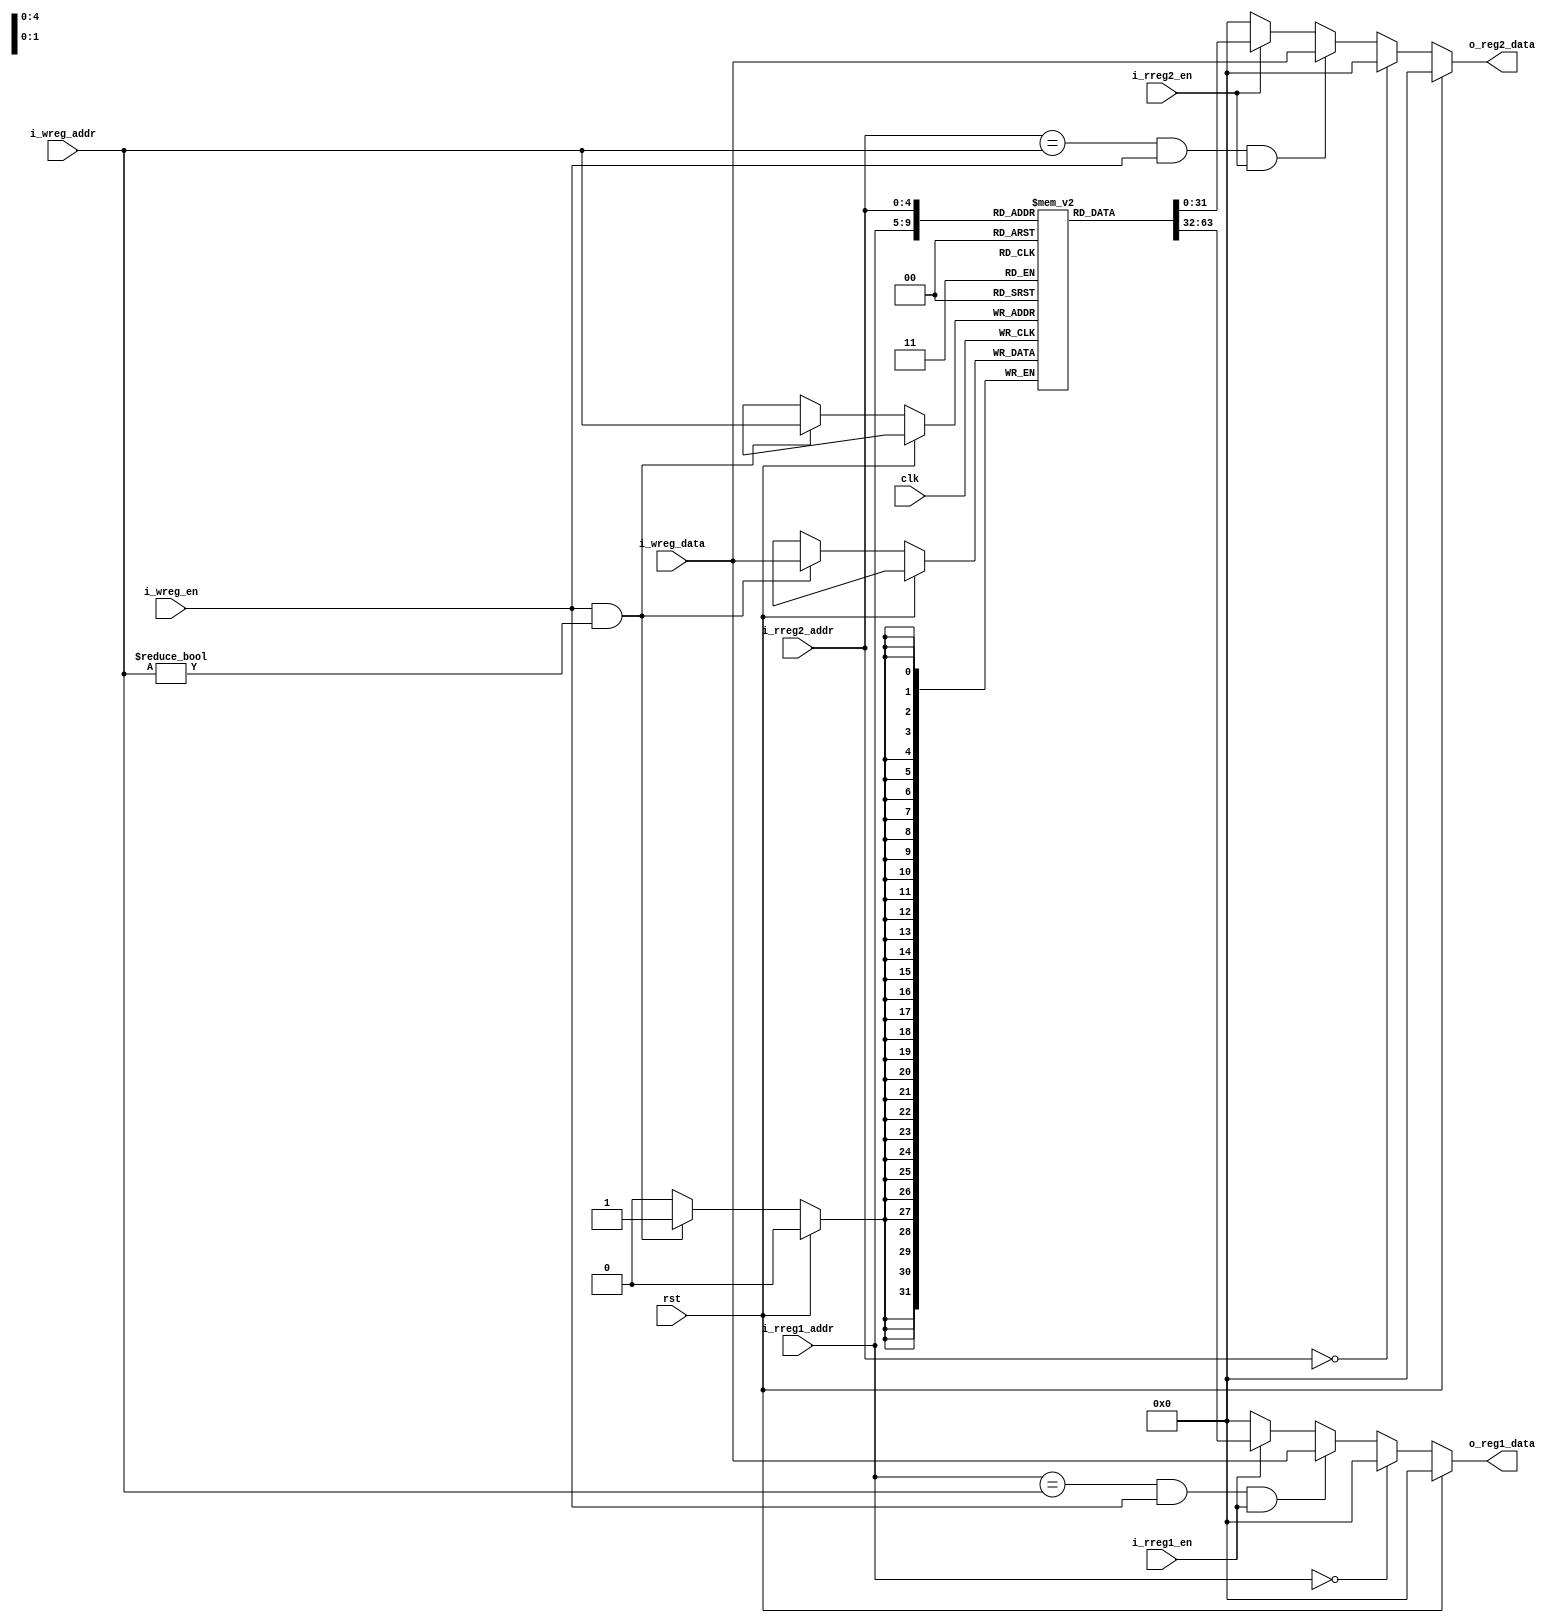
`timescale 1ns / 1ps
//////////////////////////////////////////////////////////////////////////////////
// Company: 
// Engineer: 
// 
// Design Name: 
// Module Name: regfile
// Project Name: 
// Target Devices: 
// Tool Versions: 
// Description: 
// 
// Dependencies: 
// 
// Revision:
// Revision 0.01 - File Created
// Additional Comments:
// 
//////////////////////////////////////////////////////////////////////////////////


module regfile(
    input wire rst,
    input wire clk,
    input wire i_rreg1_en,
    input wire[4:0] i_rreg1_addr,
    input wire i_rreg2_en,
    input wire[4:0] i_rreg2_addr,
    
    input wire i_wreg_en,
    input wire[4:0] i_wreg_addr,
    input wire[31:0] i_wreg_data,
    
    output reg[31:0] o_reg1_data,
    output reg[31:0] o_reg2_data
    );

reg[31:0] regs[31:0];

always @(posedge clk)
begin
    if(rst == 1'b0)
        begin
            if((i_wreg_en == 1'b1) && (i_wreg_addr != 5'b0))
                begin
                    regs[i_wreg_addr] <= i_wreg_data;
                end
        end
end

always @(*)
begin
    if (rst == 1'b1)
        begin
            o_reg1_data <= 32'h0;
        end
    else if (i_rreg1_addr == 5'b0)
        begin
            o_reg1_data <= 32'h0;
        end
    else if ((i_rreg1_addr == i_wreg_addr) && (i_wreg_en == 1'b1) && (i_rreg1_en == 1'b1))
        begin
            o_reg1_data <= i_wreg_data;
        end
    else if (i_rreg1_en == 1'b1)
        begin
            o_reg1_data <= regs[i_rreg1_addr];
        end
    else
        begin
            o_reg1_data <= 32'h0;
        end
end

always @(*)
begin
    if (rst == 1'b1)
        begin
            o_reg2_data <= 32'h0;
        end
    else if (i_rreg2_addr == 5'b0)
        begin
            o_reg2_data <= 32'h0;
        end
    else if ((i_rreg2_addr == i_wreg_addr) && (i_wreg_en == 1'b1) && (i_rreg2_en == 1'b1))
        begin
            o_reg2_data <= i_wreg_data;
        end
    else if (i_rreg2_en == 1'b1)
        begin
            o_reg2_data <= regs[i_rreg2_addr];
        end
    else
        begin
            o_reg2_data <= 32'h0;
        end
end
endmodule